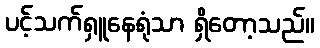
ပင့်သက်ရှူနေရုံသာ ရှိတော့သည်။